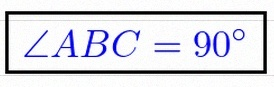
\angle ABC=90^\circ